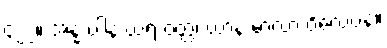
၄၂၂။ အန္နံ ပါနံ ဃရံ ဝတ္ထံ၊ ယာနံ မာလာ ဝိလေပနံ။